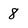
Character: 8